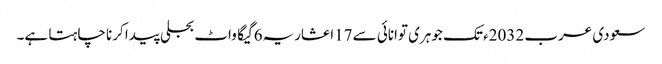
سعودی عرب 2032ء تک جوہری توانائی سے 17اعشاریہ6 گیگا واٹ بجلی پیدا کرنا چاہتا ہے۔